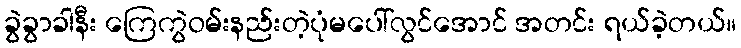
ခွဲခွာခါနီး ကြေကွဲဝမ်းနည်းတဲ့ပုံမပေါ်လွင်အောင် အတင်း ရယ်ခဲ့တယ်။